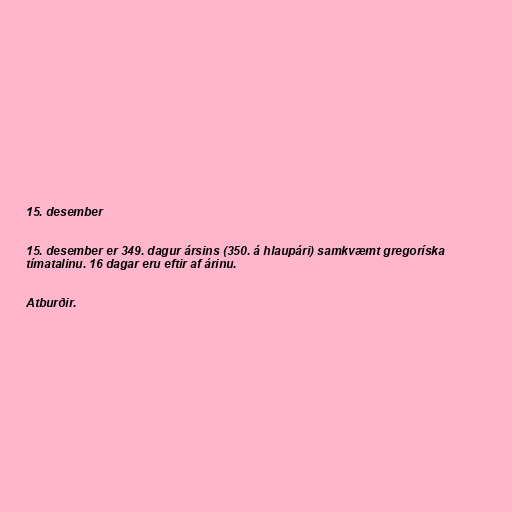
15. desember

15. desember er 349. dagur ársins (350. á hlaupári) samkvæmt gregoríska
tímatalinu. 16 dagar eru eftir af árinu.

Atburðir.